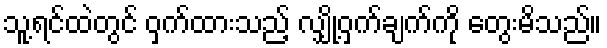
သူ့ရင်ထဲတွင် ဝှက်ထားသည့် လျှို့ဝှက်ချက်ကို တွေးမိသည်။